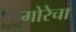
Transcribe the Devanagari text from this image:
गोरेचा